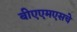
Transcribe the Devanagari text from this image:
बीएएमएसचे